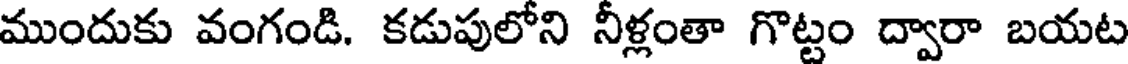
ముందుకు వంగండి. కడుపులోని నీళ్లంతా గొట్టం ద్వారా బయట